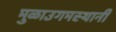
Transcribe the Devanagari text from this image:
मुळाउगमस्थानी